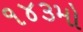
૧૪૩મો